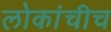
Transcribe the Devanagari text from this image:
लोकांचीच